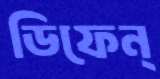
ডিফেন্